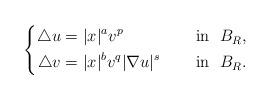
\begin{align*}\left\{\begin{aligned}\triangle u&=|x|^av^p &&\quad\mbox{ in }\ B_{R}, \\\triangle v&=|x|^{b}v^q|\nabla u|^{s} &&\quad\mbox{ in }\ B_{R}.\end{aligned}\right.\end{align*}